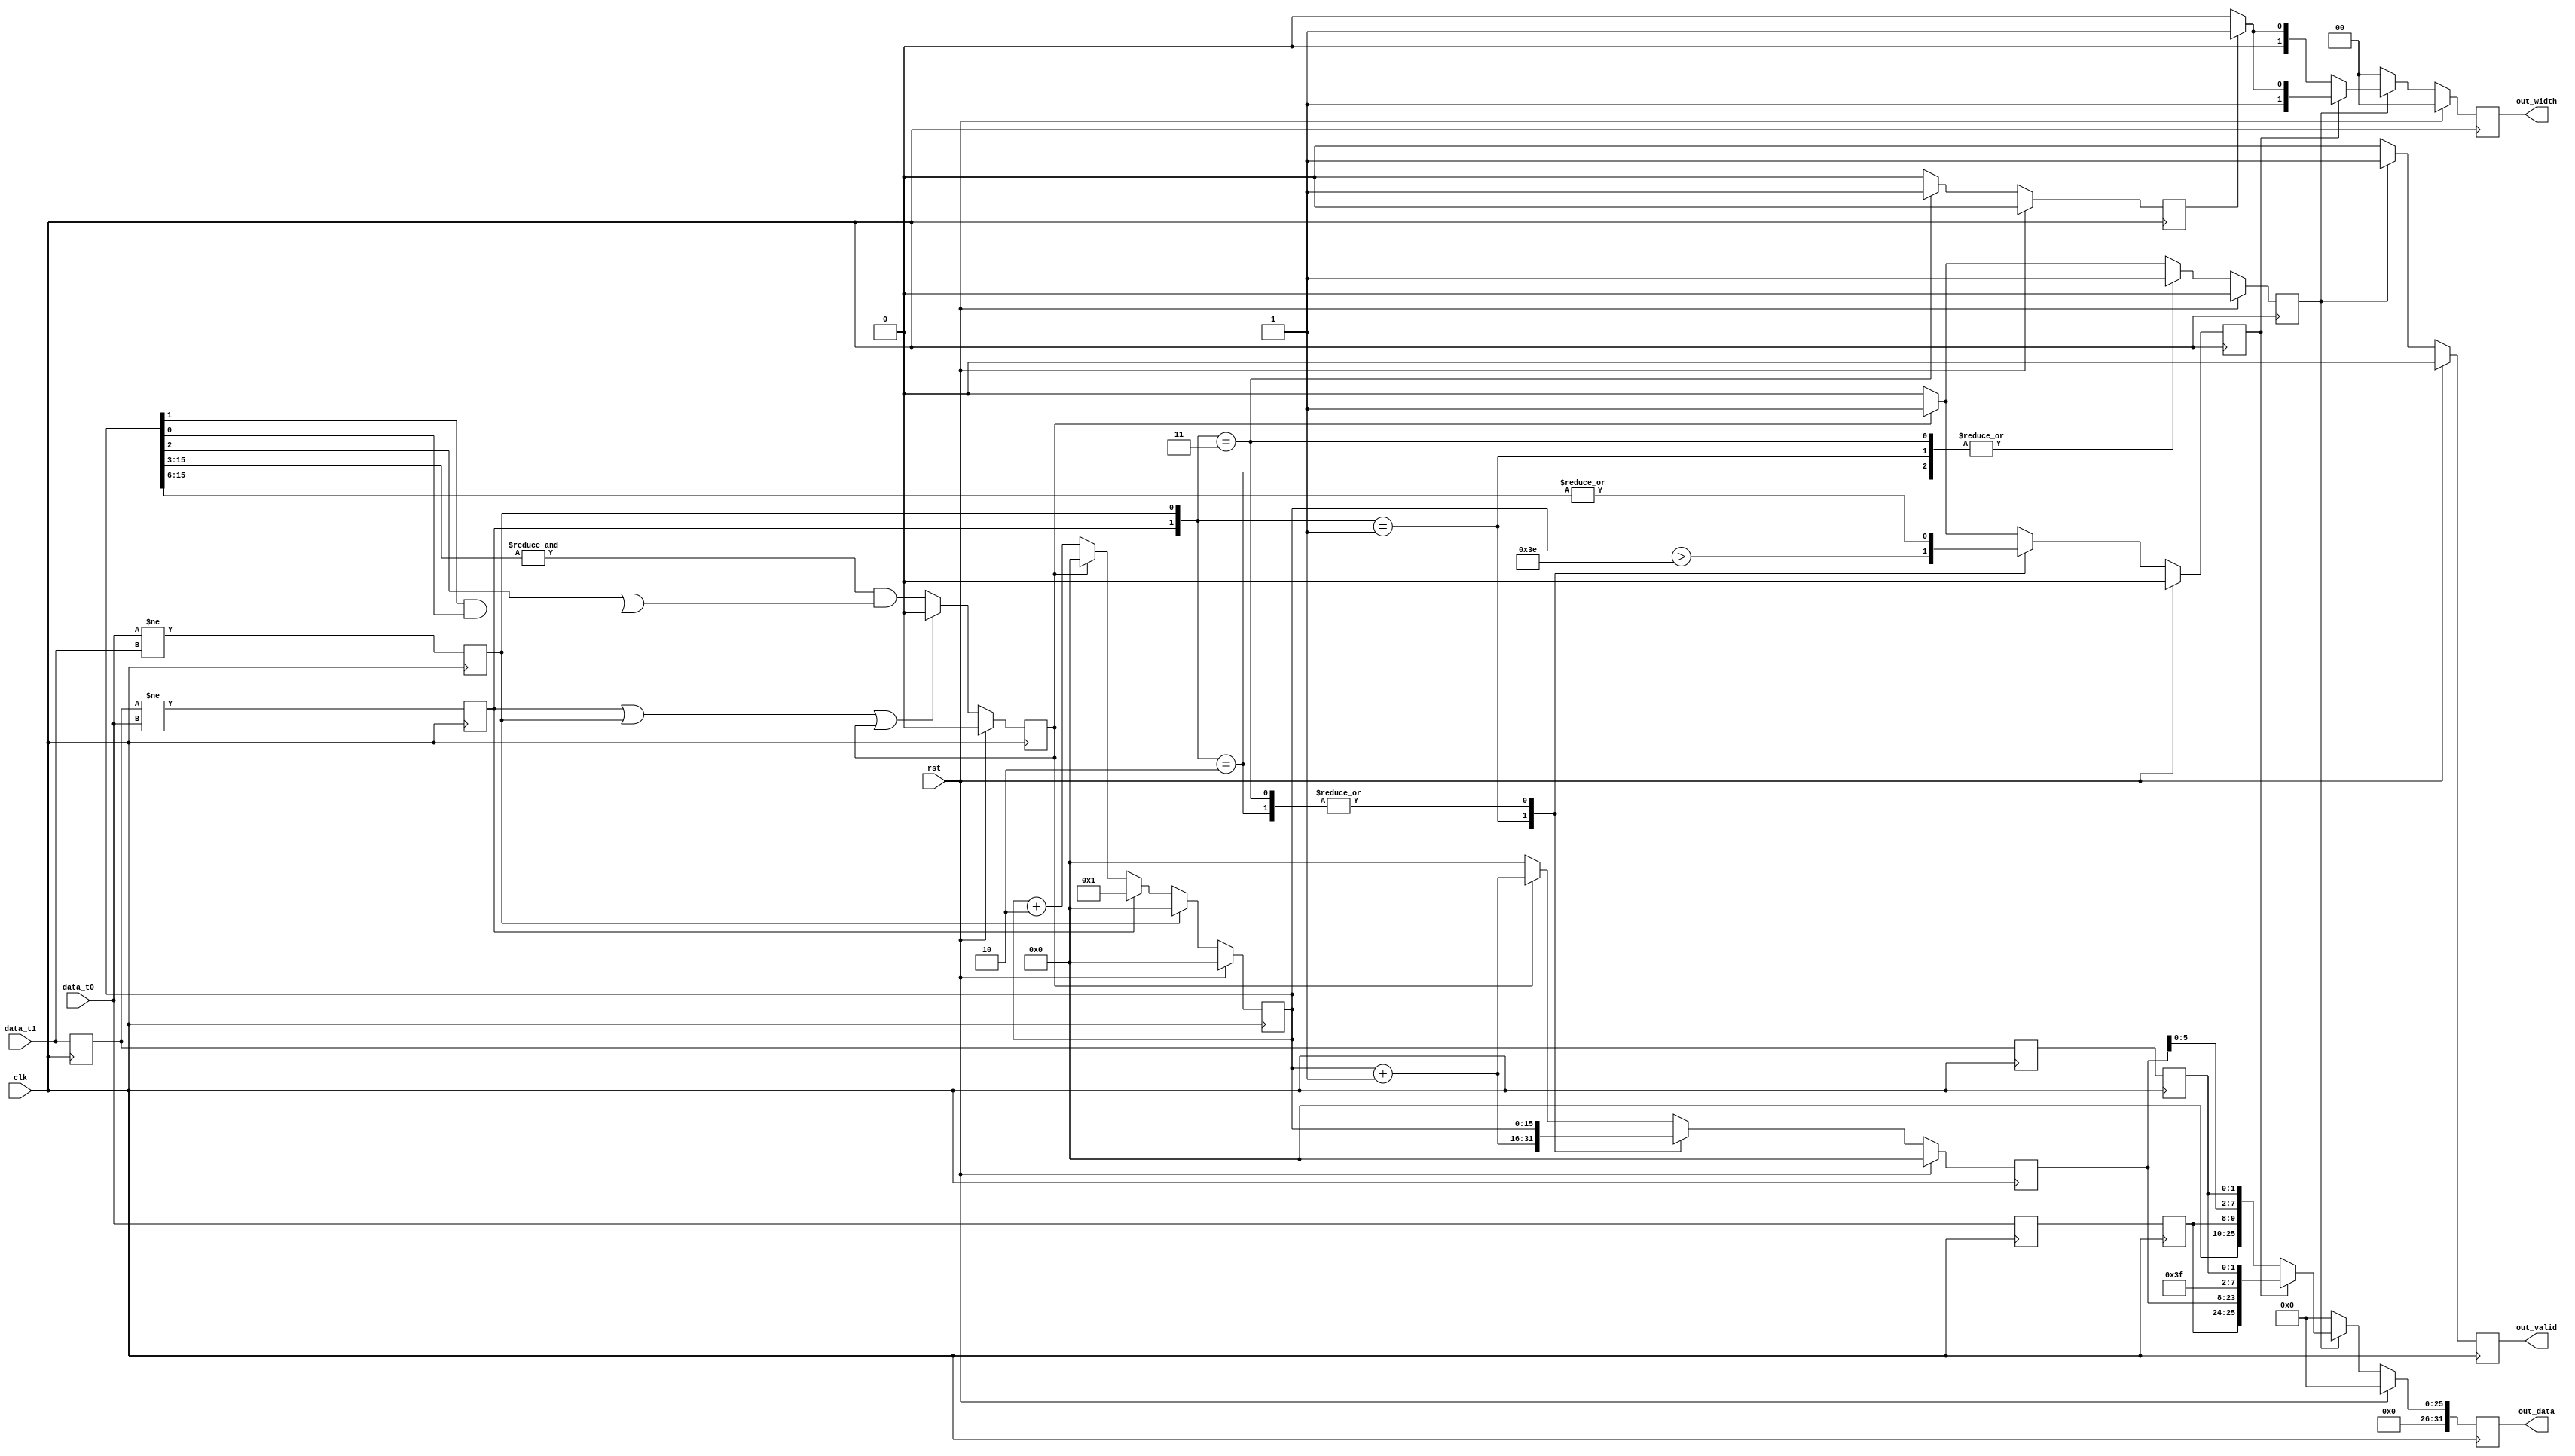
/*
 * iua_core.v
 *
 * ice40 USB Analyzer - Logic Analyzer core
 *
 * Copyright (C) 2008  Sylvain Munaut <tnt@246tNt.com>
 *
 * vim: ts=4 sw=4
 */

`ifdef SIM
`default_nettype none
`endif

module iua_core (
	input  wire [ 1:0] data_t0,
	input  wire [ 1:0] data_t1,
	output reg  [31:0] out_data,
	output reg  [ 1:0] out_width,
	output reg  out_valid,
	input  wire clk,
	input  wire rst
);

	// Signals
	// -------

	// Stage 1
	reg [1:0] data_prev;

	reg [1:0] data_prev_1;
	reg [1:0] data_t0_1;
	reg data_t0_change_1;
	reg data_t1_change_1;

	// Stage 2
	reg [15:0] count_1;
	reg force_flush_1;

	reg [ 1:0] out0_data_2;
	reg [15:0] out0_count_2;
	reg out0_big_2;
	reg out0_valid_2;
	reg [ 1:0] out1_data_2;
	reg out1_valid_2;

	// Stage 3


	// First stage : Detect changes
	// ----------------------------

	always @(posedge clk)
		data_prev <= data_t1;

	always @(posedge clk)
	begin
		data_prev_1 <= data_prev;
		data_t0_1   <= data_t0;
		data_t0_change_1 <= (data_prev != data_t0);
		data_t1_change_1 <= (data_t0 != data_t1);
	end


	// Stage 2 : Generate RLE
	// ----------------------

	// Repeat count
	always @(posedge clk)
		if (rst)
			count_1 <= 0;
		else
			if (data_t1_change_1)
				count_1 <= 0;
			else if (data_t0_change_1)
				count_1 <= 1;
			else if (force_flush_1)
				count_1 <= 0;
			else
				count_1 <= count_1 + 2;

	// Force flush ?
	always @(posedge clk)
		if (rst)
			force_flush_1 <= 1'b0;
		else
			if (data_t0_change_1 | data_t1_change_1 | force_flush_1)
				force_flush_1 <= 1'b0;
			else
				force_flush_1 <= &count_1[15:3] & (count_1[2] | (count_1[1] & count_1[0]));

	// RLE
	always @(posedge clk)
	begin
		out0_data_2 <= data_prev_1;
		out1_data_2 <= data_t0_1;
	end

	always @(posedge clk)
		if (rst) begin
			out0_count_2 <= 16'h0000;
			out0_big_2   <= 1'b0;
			out0_valid_2 <= 1'b0;
			out1_valid_2 <= 1'b0;
		end else begin
			case ({data_t0_change_1, data_t1_change_1})
				2'b10: begin
					out0_count_2 <= count_1;
					out0_big_2   <= |(count_1[15:6]);
					out0_valid_2 <= 1'b1;
					out1_valid_2 <= 1'b0;
				end

				2'b01: begin
					out0_count_2 <= count_1 + 1;
					out0_big_2   <= count_1 > 62;
					out0_valid_2 <= 1'b1;
					out1_valid_2 <= 1'b0;
				end

				2'b11: begin
					out0_count_2 <= count_1;
					out0_big_2   <= |(count_1[15:6]);
					out0_valid_2 <= 1'b1;
					out1_valid_2 <= 1'b1;
				end

				default: begin
					if (force_flush_1) begin
						out0_count_2 <= count_1 + 1;
						out0_big_2   <= 1'b1;
						out0_valid_2 <= 1'b1;
						out1_valid_2 <= 1'b0;
					end else begin
						out0_count_2 <= 16'h0000;
						out0_big_2   <= 1'b0;
						out0_valid_2 <= 1'b0;
						out1_valid_2 <= 1'b0;
					end
				end
			endcase
		end


	// Stage 3 : Formatting
	// --------------------

	always @(posedge clk)
		if (rst) begin
			out_data  <= 32'h00000000;
			out_width <= 2'b00;
			out_valid <= 1'b0;
		end else begin
			if (out0_valid_2) begin
				if (out0_big_2) begin
					out_data  <= { 6'b000000, out1_data_2, out0_count_2, 6'b111111, out0_data_2 };
					out_width <= out1_valid_2 ? 2'b11 : 2'b10;
					out_valid <= 1'b1;
				end else begin
					out_data  <= { 16'h0000, 6'b000000, out1_data_2, out0_count_2[5:0], out0_data_2 };
					out_width <= out1_valid_2 ? 2'b01 : 2'b00;
					out_valid <= 1'b1;
				end
			end else begin
				out_data  <= 32'h00000000;
				out_width <= 2'b00;
				out_valid <= 1'b0;
			end
		end

endmodule // iua_core